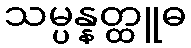
သမ္ပန္နတ္ထူဓ